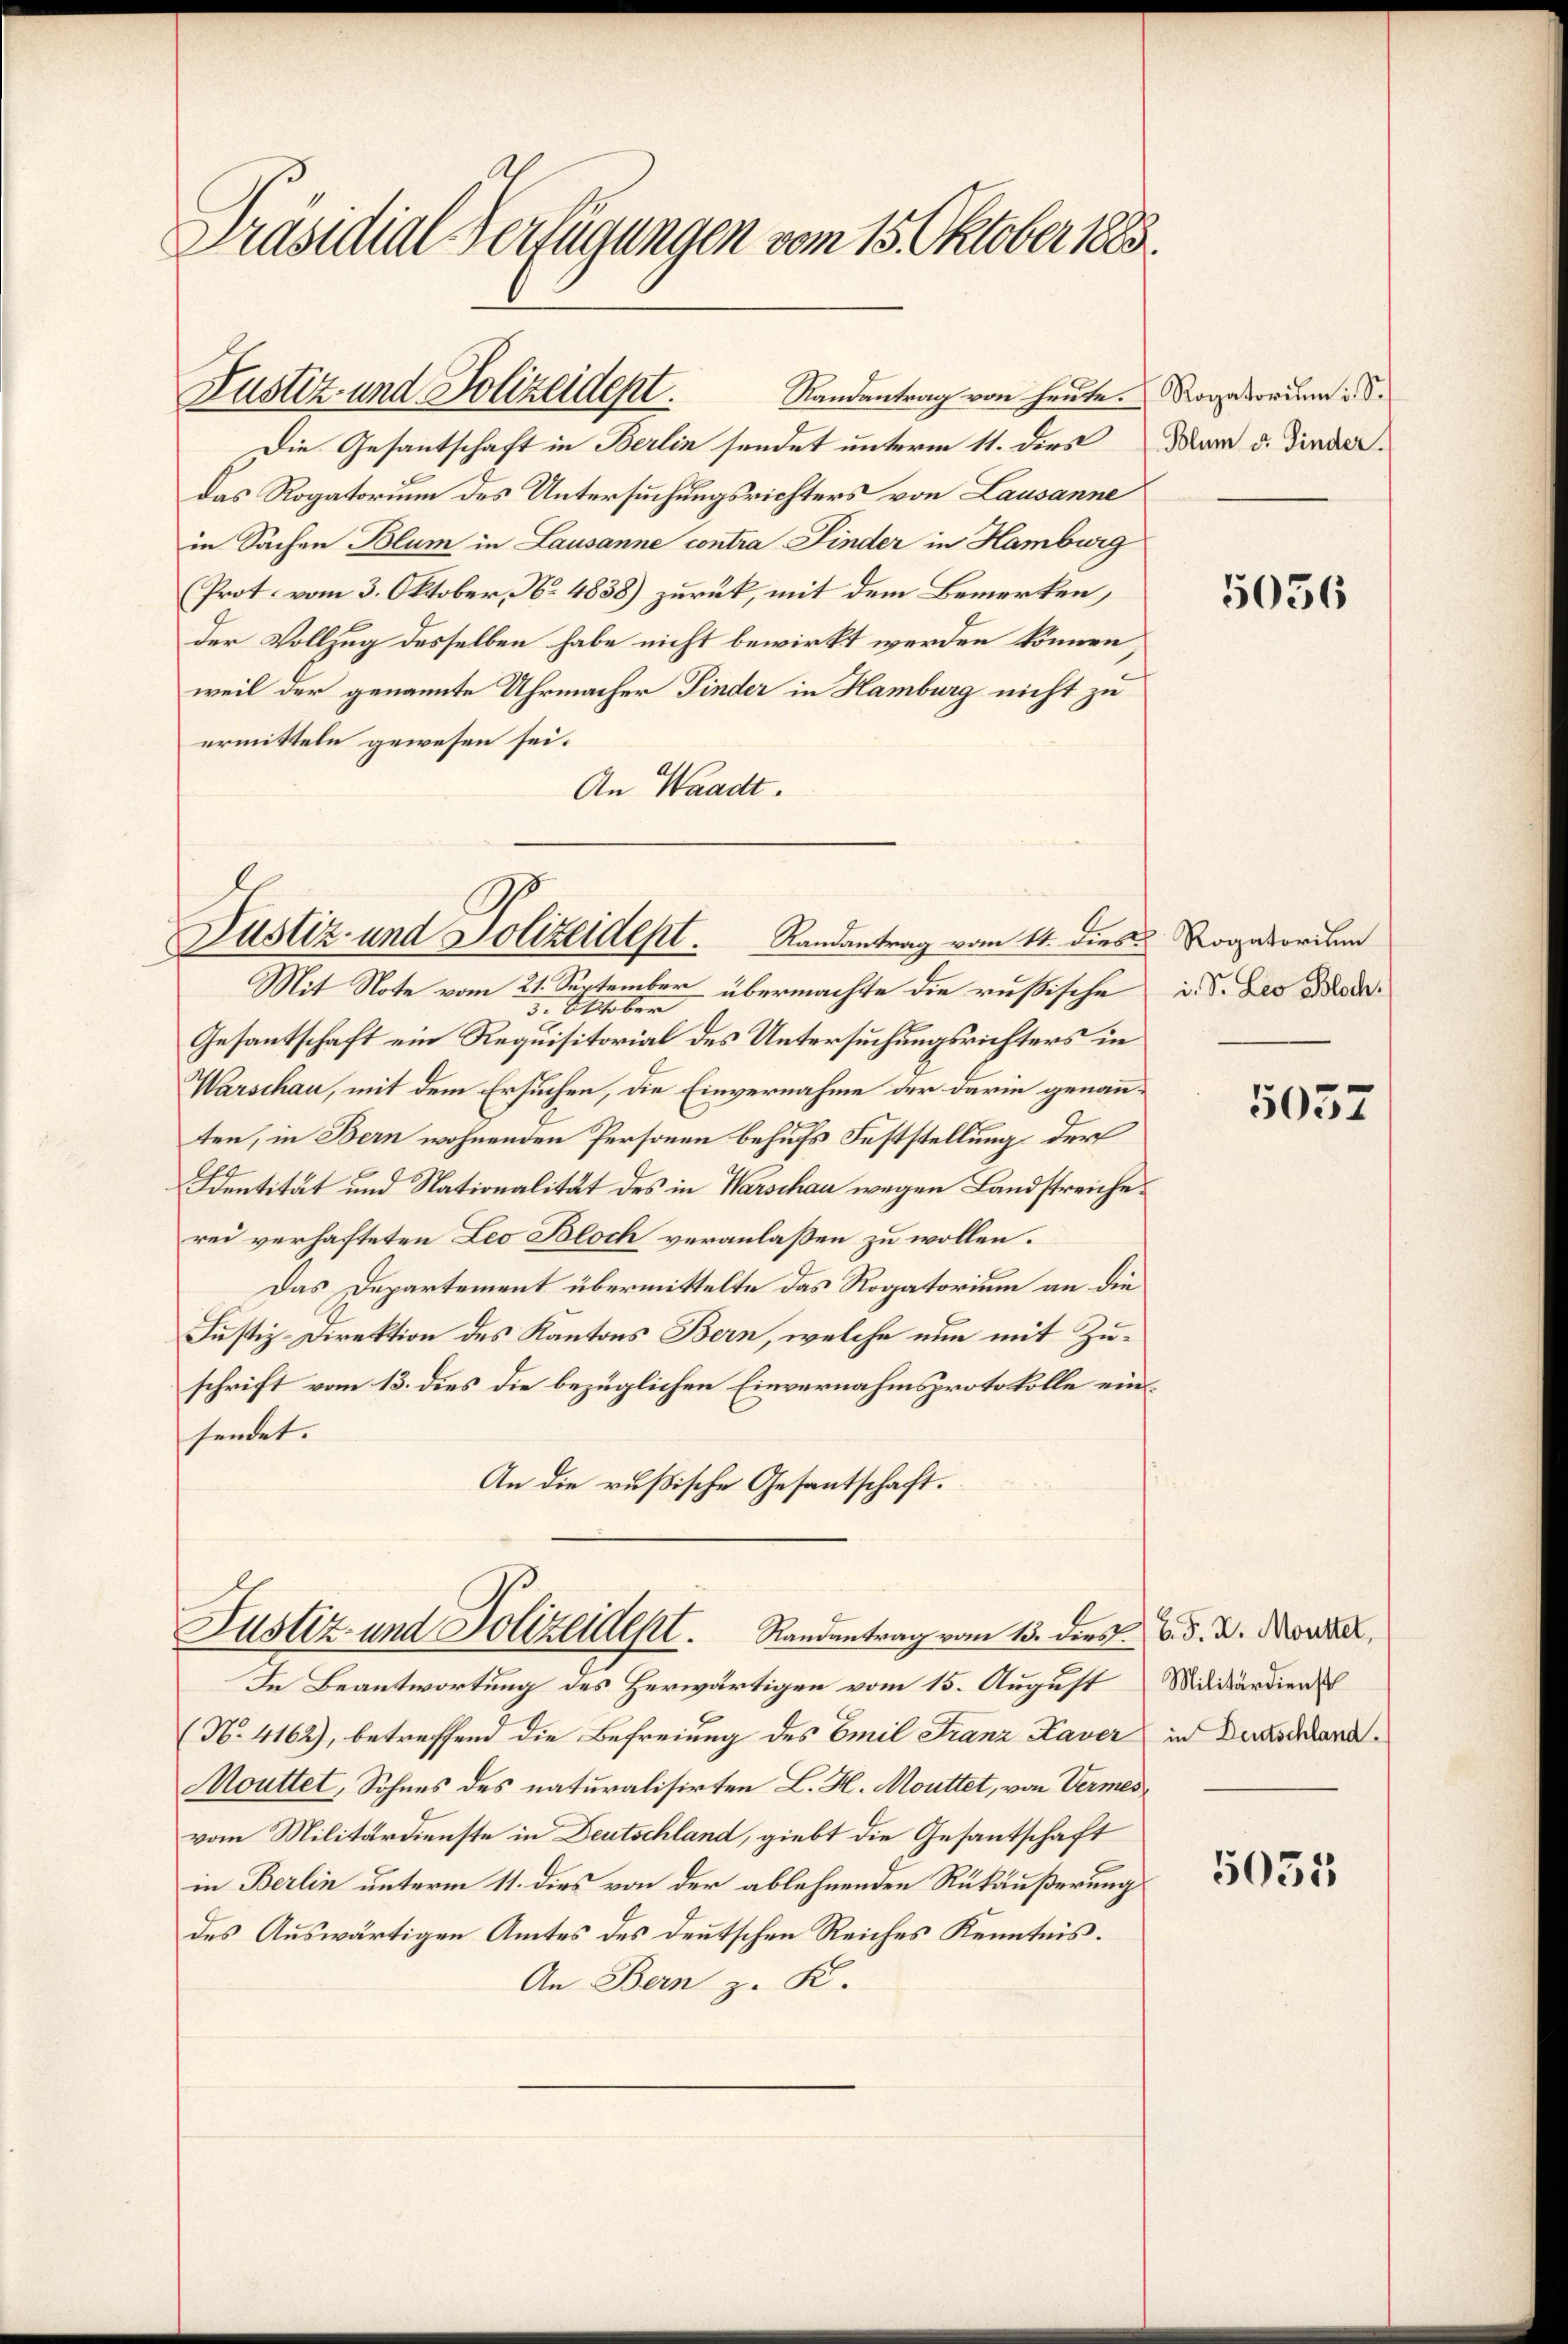
Präsidial-Verfügungen vom 15. Oktober 1883.

Randantrag von heute.
Die Gesantschaft in Berlin sendet unterm 11. dies
das Rogatorium des Untersuchungsrichters von Lausanne
in Sachen Blum in Lausanne contra Finder in Hamburg
Prot. vom 3. Oktober, No. 4838) zurück, mit dem Bemerken,
der Vollzug desselben habe nicht bewirkt werden können,
weil der genannte Uhrmacher Finder in Hamburg nicht zu
ermitteln gewesen sei.
An Waadt.

Justiz- und Polizeidept.

Mit Note vom 21. September übermachte die rußische
3. Oktober
Gesantschaft ein Requisitorial des Untersuchungsrichters in
Warschau, mit dem Ersuchen, die Einvernahme der darin genannten, in Bern wohnenden Personen behufs Feststellung der
Identität und Nationalität des in Warschau wegen Landstreiche
rei verhafteten Leo Bloch veranlaßen zu wollen.
Das Departement übermittelte das Rogatorium an die
Justiz-Direktion des Kantons Bern, welche nun mit Zuschrift vom 13. dies die bezüglichen Einvernahmsprotokolle ein
sendet.
An die rußische Gesantschaft.

Justiz- und Polizeidept. Randantrag vom 14. dies

Justiz- und Polizeidest. Standentrag vom 13. dies 6. d. d. Morde

In Beantwortung des Herwärtigen vom 15. August
(No. 4162), betreffend die Befreiung des Emil Franz Kaver in Decana¬
Mouttet, Sohnes des naturalisirten L. H. Mouttet, von Vermes
vom Militärdienste in Deutschland, giebt die Gesandtschaft
in Berlin unterm 11. dies von der ablehnenden Rükäußerung
des Auswärtigen Amtes des deutschen Reiches Kenntnis.
An Bern z. K.

Rogatorium u. S.
Polum u. Finder.

5056

Rogatorium
i. S. Leo Bloch.

5057

Militärdienst

5035